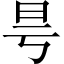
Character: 𣅘